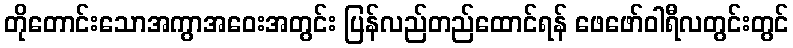
တိုတောင်းသောအကွာအဝေးအတွင်း ပြန်လည်တည်ထောင်ရန် ဖေဖော်ဝါရီလတွင်းတွင်